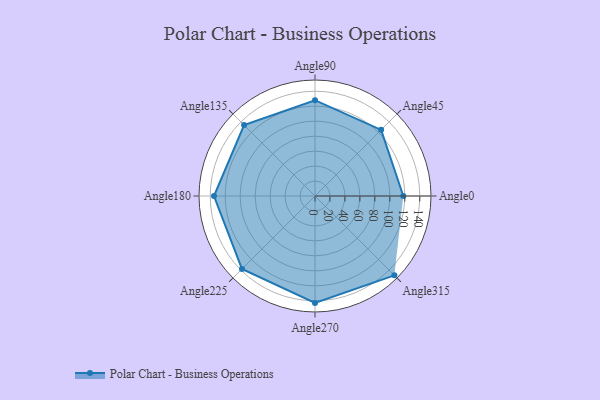
{"axis": {"x": "Angle", "y": "Radius"}, "legend": [""], "data": [{"x": "Angle0", "y": 118.0, "type": ""}, {"x": "Angle45", "y": 125.0, "type": ""}, {"x": "Angle90", "y": 128.0, "type": ""}, {"x": "Angle135", "y": 134.0, "type": ""}, {"x": "Angle180", "y": 135.0, "type": ""}, {"x": "Angle225", "y": 138.0, "type": ""}, {"x": "Angle270", "y": 143.0, "type": ""}, {"x": "Angle315", "y": 150.0, "type": ""}]}